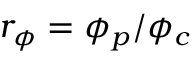
{ r _ { \phi } } = { \phi _ { p } } / { \phi _ { c } }